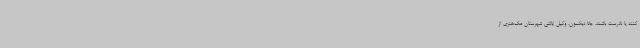
کنند یا نادرست باشند. جانا دیکسون، وکیل ایالتی شهرستان مک‌هنری از